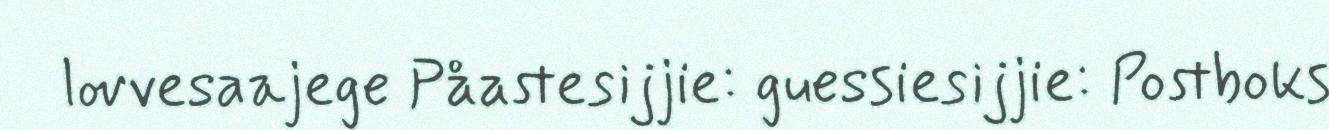
lovvesaajege Påastesijjie: guessiesijjie: Postboks